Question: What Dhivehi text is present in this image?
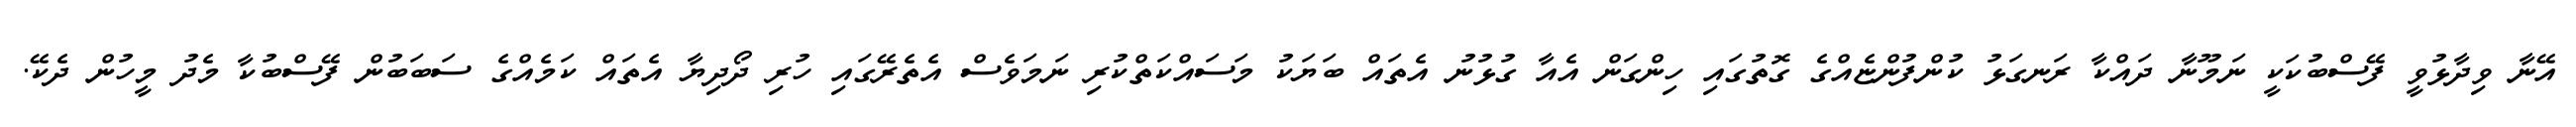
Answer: އޭނާ ވިދާޅުވީ ފޭސްބުކަކީ ނަމޫނާ ދައްކާ ރަނގަޅު ކުންފުންޏެއްގެ ގޮތުގައި ހިންގަން އެއާ ގުޅުނު އެތައް ބަޔަކު މަސައްކަތްކުރި ނަމަވެސް އެތެރޭގައި ހުރި ދޯދިޔާ އެތައް ކަމެއްގެ ސަބަބުން ފޭސްބުކާ މެދު މީހުން ދެކޭ.